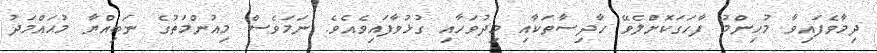
ދިމާވެފައިވާ މުހިންމު ފާހަގަކޮށްލެވޭ ހާދިސާތަކާއި މިދުވަހާއި ގުޅުވާފައިވެއެވެ. ނަމަވެސް މިއުންމަތުގެ ނަބިއްޔާ މުޙައްމަދު